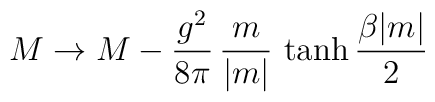
M\rightarrow M - {g^{2}\over 8\pi}\,{m\over |m|}\,\tanh{\beta|m|\over 2}